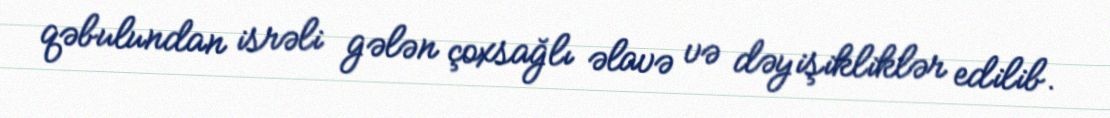
qəbulundan isrəli gələn çoxsağlı əlavə və dəyişikliklər edilib.